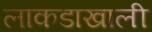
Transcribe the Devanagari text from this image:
लाकडाखाली